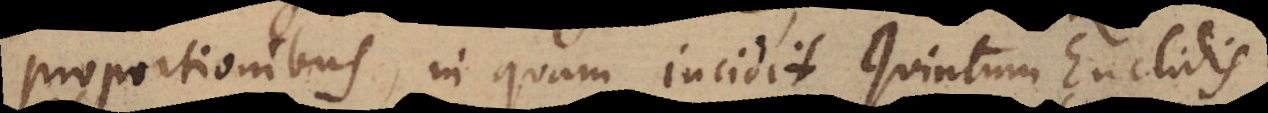
proportionibus, in quam incidit Quintum Euclidis